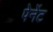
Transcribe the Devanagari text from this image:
पेनेंट